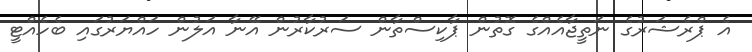
އެ ޕްރެޝަރުގެ ނަތީޖާއެއްގެ ގޮތުން ޕާކިސްތާން ސަރުކާރުން އޭނާ އަލުން ހައްޔަރުގައި ބެހެއްޓީ